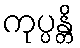
ကုပ္ပန္တိ